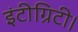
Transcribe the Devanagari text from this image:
इंटीग्रिटी।